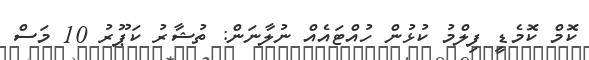
ކޮމް ކޮމެޑީ ފިލްމު ކުޅުން ހުއްޓައެއް ނުލާނަން: ތުޝާރު ކަޕޫރު 10 މަސް